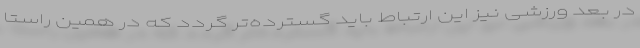
در بعد ورزشی نیز این ارتباط باید گسترده‌تر گردد که در همین راستا